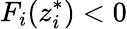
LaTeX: F_{i}(z_{i}^{*})<0